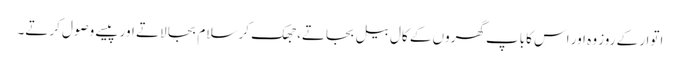
اتوار کے روز وہ اور اس کاباپ گھروں کے کال بیل بجاتے، جھک کر سلام بجا لاتے اور پیسے وصول کرتے۔